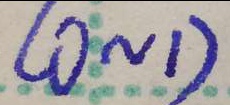
( 0 \sim 1 )